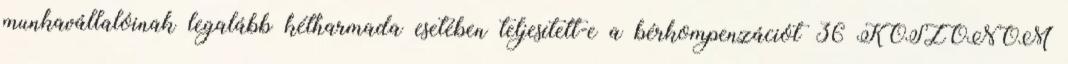
munkavállalóinak legalább kétharmada esetében teljesített-e a bérkompenzációt 36 KÖSZÖNÖM